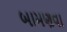
બામણવા